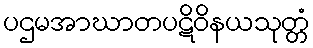
ပဌမအာဃာတပဋိဝိနယသုတ္တံ